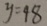
y = 9 8